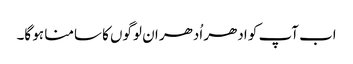
اب آپ کو ادھر اُدھر ان لوگوں کا سامنا ہو گا۔